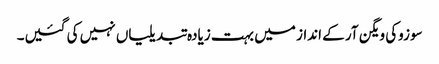
سوزوکی ویگن آر کے انداز میں بہت زیادہ تبدیلیاں نہیں کی گئیں۔